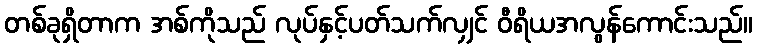
တစ်ခုရှိတာက အစ်ကိုသည် လုပ်နှင့်ပတ်သက်လျှင် ဝီရိယအလွန်ကောင်းသည်။